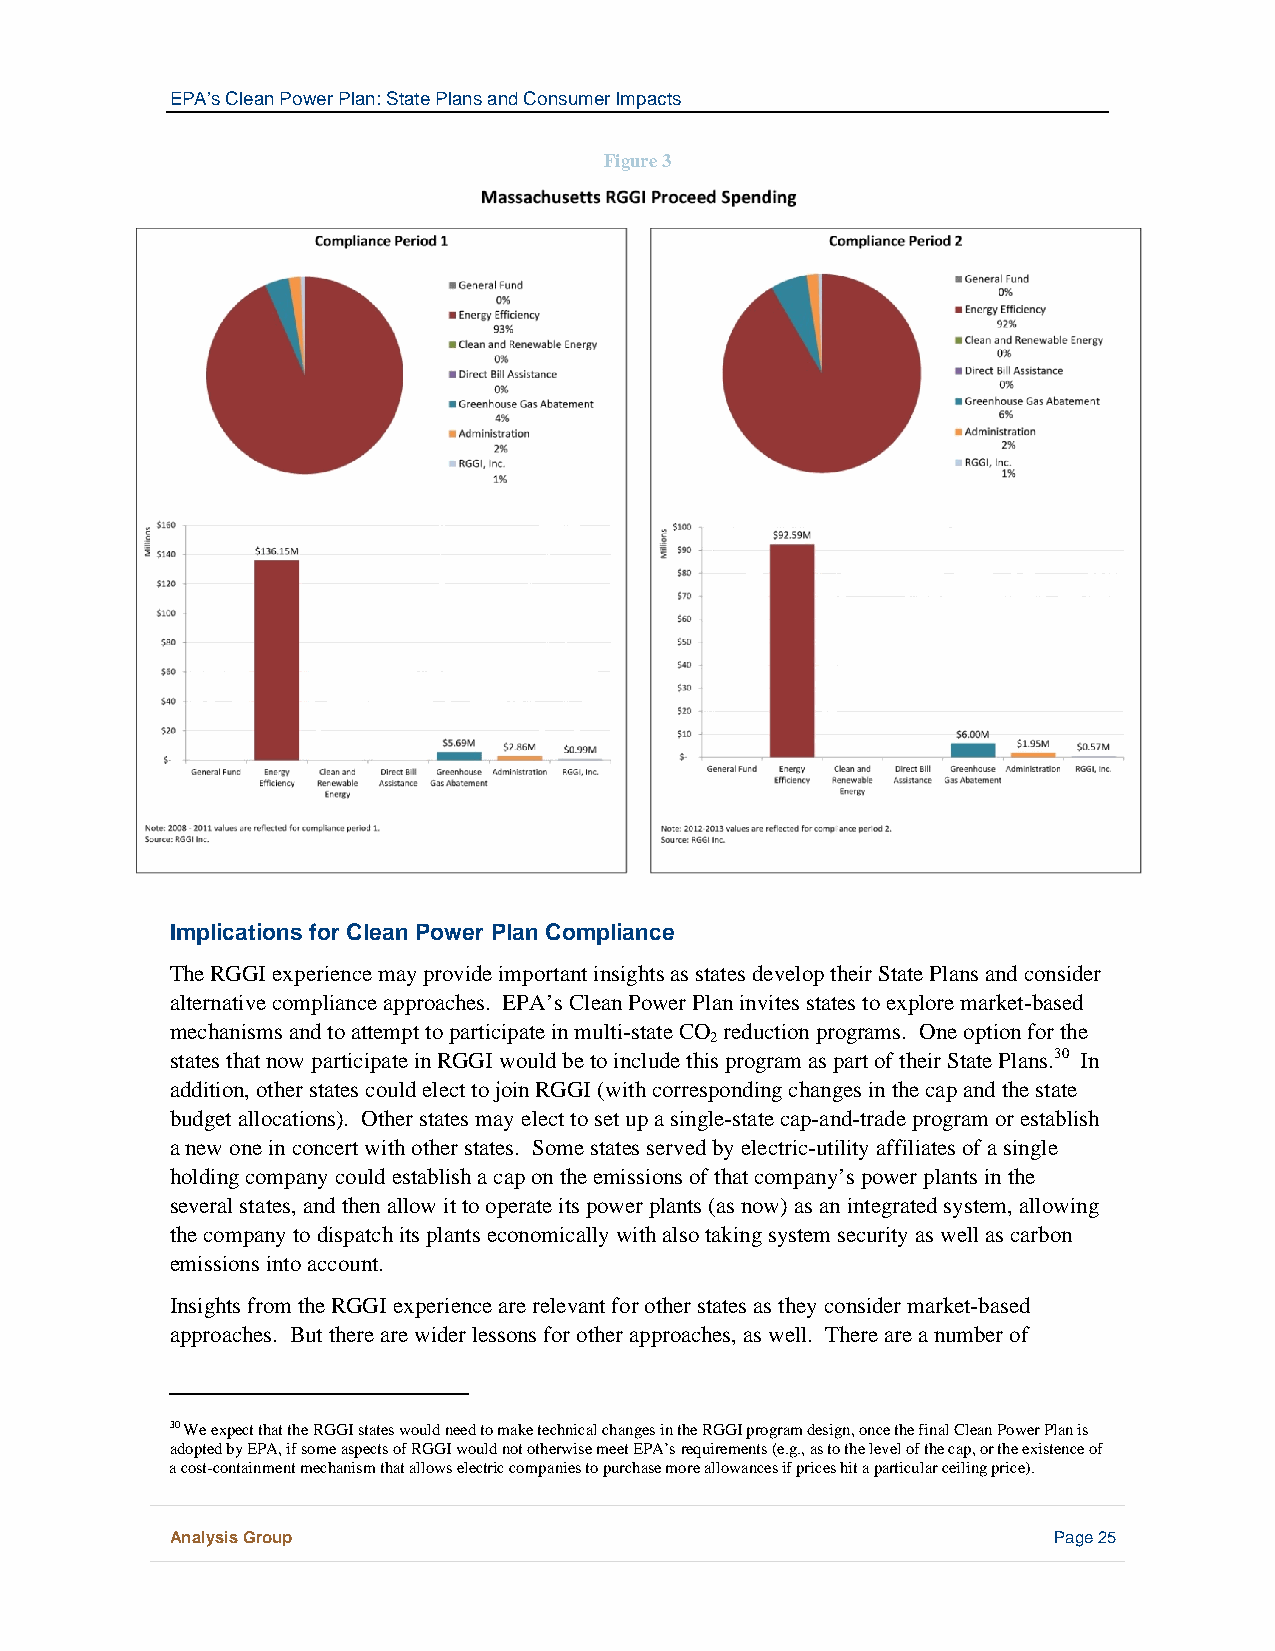
EPA’s Clean Power Plan: State Plans and Consumer Impacts
 Figure 3
 Implications for Clean Power Plan Compliance
 The RGGI experience may provide important insights as states develop their State Plans and consider
 alternative compliance approaches. EPA’s Clean Power Plan invites states to explore market-based
 mechanisms and to attempt to participate in multi-state CO reduction programs. One option for the
 2
 states that now participate in RGGI would be to include this program as part of their State Plans.30 In
 addition, other states could elect to join RGGI (with corresponding changes in the cap and the state
 budget allocations). Other states may elect to set up a single-state cap-and-trade program or establish
 a new one in concert with other states. Some states served by electric-utility affiliates of a single
 holding company could establish a cap on the emissions of that company’s power plants in the
 several states, and then allow it to operate its power plants (as now) as an integrated system, allowing
 the company to dispatch its plants economically with also taking system security as well as carbon
 emissions into account.
 Insights from the RGGI experience are relevant for other states as they consider market-based
 approaches. But there are wider lessons for other approaches, as well. There are a number of
 30 We expect that the RGGI states would need to make technical changes in the RGGI program design, once the final Clean Power Plan is
 adopted by EPA, if some aspects of RGGI would not otherwise meet EPA’s requirements (e.g., as to the level of the cap, or the existence of
 a cost-containment mechanism that allows electric companies to purchase more allowances if prices hit a particular ceiling price).
 Analysis Group                                             Page 25